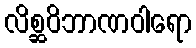
လိစ္ဆဝိဘာဏဝါရော